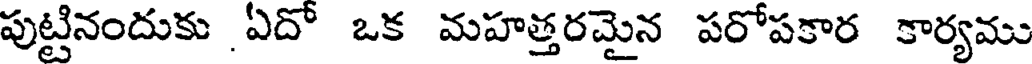
పుట్టినందుకు ఏదో ఒక మహత్తరమైన పరోపకార కార్యము